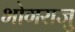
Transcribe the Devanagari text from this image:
भोगराजु